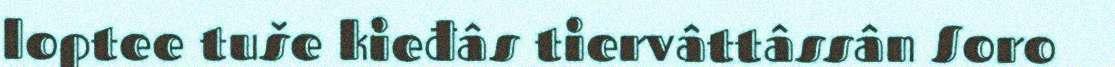
loptee tuše kieđâs tiervâttâssân Soro